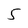
Character: 5